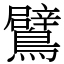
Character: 鷿